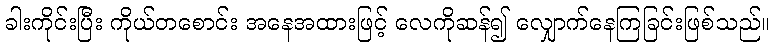
ခါးကိုင်းပြီး ကိုယ်တစောင်း အနေအထားဖြင့် လေကိုဆန်၍ လျှောက်နေကြခြင်းဖြစ်သည်။